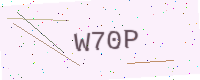
Text: W70P